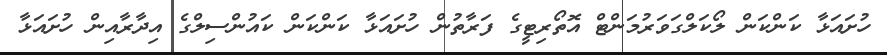
ހުށައަޅާ ކަންކަން ލޯކަލްގަވަރުމަންޓް އޮތޯރިޓީގެ ފަރާތުން ހުށައަޅާ ކަންކަން ކައުންސިލްގެ އިދާރާއިން ހުށައަޅާ